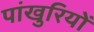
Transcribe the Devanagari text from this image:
पांखुरियों